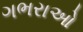
ગભરાઓ